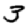
Digit: 3